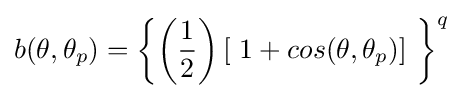
b(\theta ,\theta _{p})=\left\{\left({\frac {1}{2}}\right)\left[\ 1+cos(\theta ,\theta _{p})\right]\ \right\}^{q}